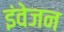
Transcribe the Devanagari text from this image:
इंवेजन